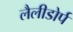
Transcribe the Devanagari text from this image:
लैलीडोर्प